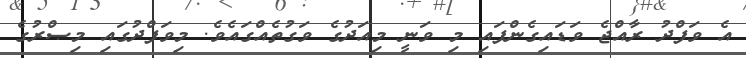
އެ ވަފްދު ރާއްޖެ ވަޑައިގެންފައި މި ވަނީ މިއަދުގެ ވަގުތެއްގައެވެ. މިވަފްދުގައި މިޞްރުގެ